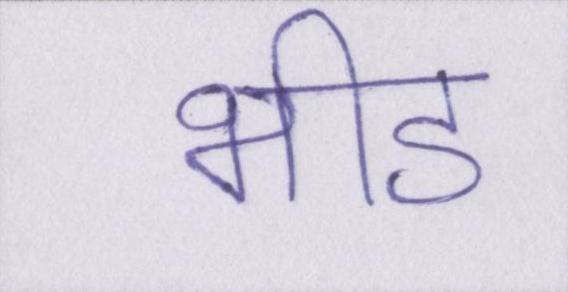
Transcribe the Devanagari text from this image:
भीड